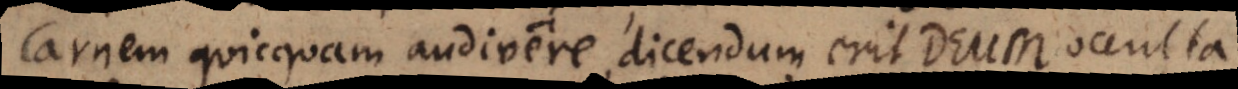
Carnem quicquam audivere, dicendum erit Deum occulta